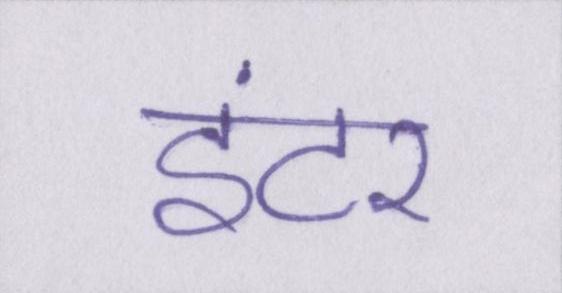
इंटर